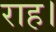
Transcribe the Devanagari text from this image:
राह।